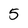
Character: 5